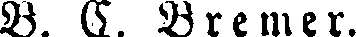
B. C. Bremer.